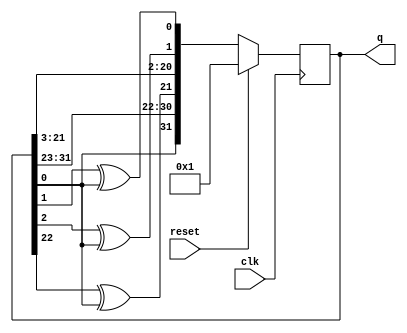
module top_module(
    input wire          clk,
    input wire          reset,
    output reg [31:0]  q
    );
    
    always @(posedge clk)
    begin
        if (reset)  q <= 32'h1;
        else        q <= {1'b0^q[0], q[31:23], q[22]^q[0], q[21:3], q[2]^q[0], q[1]^q[0]};
    end 

endmodule